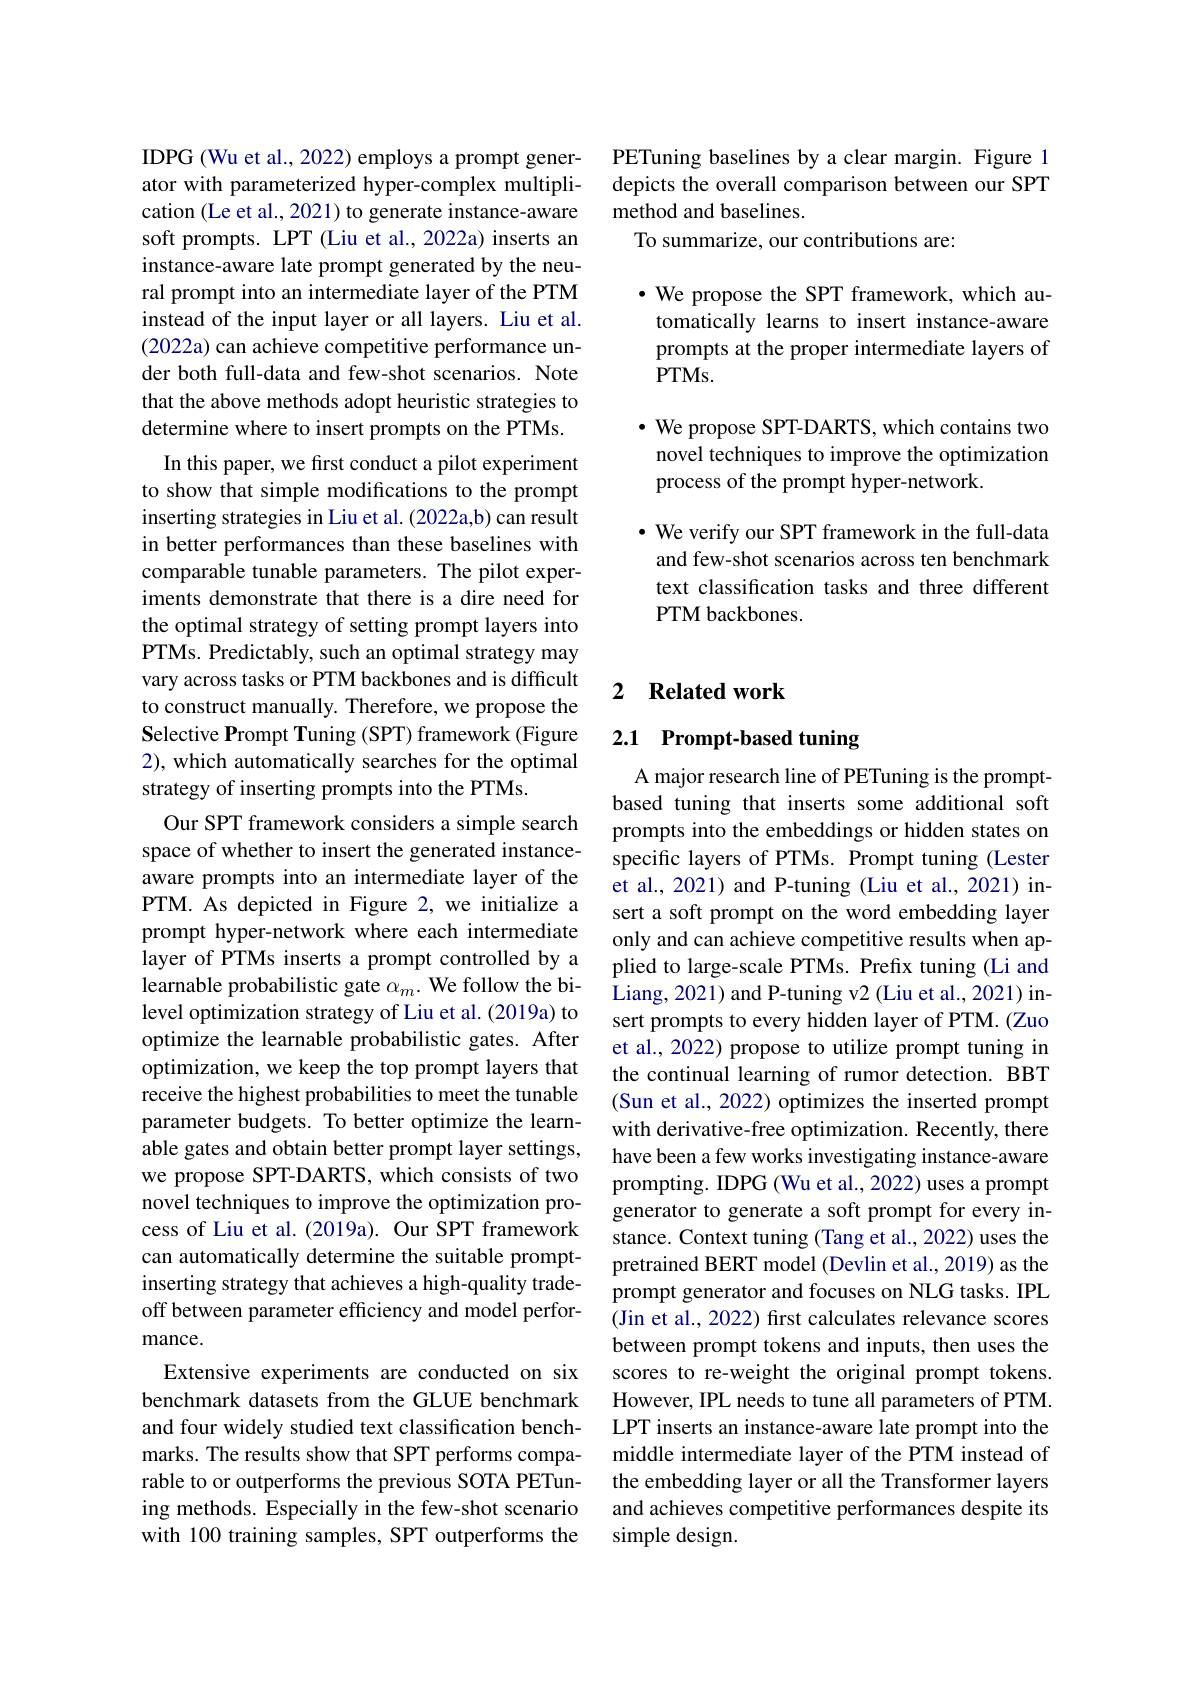
PETuning baselines by a clear margin. Figure 1 depicts the overall comparison between our SPT method and baselines.
To summarize, our contributions are:

$\bullet$ We propose the SPT framework, which automatically learns to insert instance-aware prompts at the proper intermediate layers of $PTMs.$

$\bullet$ We propose SPT-DARTS, which contains two novel techniques to improve the optimization process of the prompt hyper-network.

$\bullet$ We verify our SPT framework in the full-data and few-shot scenarios across ten benchmark text classification tasks and three different PTM backbones.

IDPG (Wu et al., 2022) employs a prompt generator with parameterized hyper-complex multiplication (Le et al., 2021) to generate instance-aware soft prompts. LPT (Liu et al., 2022a) inserts an instance-aware late prompt generated by the neural prompt into an intermediate layer of the PTM instead of the input layer or all layers. Liu et al. (2022a) can achieve competitive performance under both full-data and few-shot scenarios. Note that the above methods adopt heuristic strategies to determine where to insert prompts on the PTMs.
In this paper, we first conduct a pilot experiment to show that simple modifications to the prompt inserting strategies in Liu et al. (2022a,b) can result in better performances than these baselines with comparable tunable parameters. The pilot experiments demonstrate that there is a dire need for the optimal strategy of setting prompt layers into PTMs. Predictably, such an optimal strategy may vary across tasks or PTM backbones and is difficult to construct manually. Therefore, we propose the Selective Prompt Tuning (SPT) framework (Figure 2), which automatically searches for the optimal strategy of inserting prompts into the PTMs.
Our SPT framework considers a simple search space of whether to insert the generated instanceaware prompts into an intermediate layer of the PTM. As depicted in Figure 2, we initialize a prompt hyper-network where each intermediate layer of PTMs inserts a prompt controlled by a learnable probabilistic gate $\alpha_m.$ We follow the bilevel optimization strategy of Liu et al. (2019a) to optimize the learnable probabilistic gates. After optimization, we keep the top prompt layers that receive the highest probabilities to meet the tunable parameter budgets. To better optimize the learnable gates and obtain better prompt layer settings, we propose SPT-DARTS, which consists of two novel techniques to improve the optimization process of Liu et al.(2019a). Our SPT framework can automatically determine the suitable promptinserting strategy that achieves a high-quality tradeoff between parameter efficiency and model performance.
Extensive experiments are conducted on six benchmark datasets from the GLUE benchmark and four widely studied text classification benchmarks. The results show that SPT performs comparable to or outperforms the previous SOTA PETuning methods. Especially in the few-shot scenario with 100 training samples, SPT outperforms the

## 2 $\textbf{Related work}$

## 2.1 Prompt-based tuning

A major research line of PETuning is the promptbased tuning that inserts some additional soft prompts into the embeddings or hidden states on specific layers of PTMs. Prompt tuning (Lester et al., 2021) and P-tuning (Liu et al., 2021) insert a soft prompt on the word embedding layer only and can achieve competitive results when applied to large-scale PTMs. Prefix tuning (Li and Liang, 2021) and P-tuning v2 (Liu et al., 2021) insert prompts to every hidden layer of PTM. (Zuo et al., 2022) propose to utilize prompt tuning in the continual learning of rumor detection. BBT (Sun et al., 2022) optimizes the inserted prompt with derivative-free optimization. Recently, there have been a few works investigating instance-aware prompting. IDPG (Wu et al., 2022) uses a prompt generator to generate a soft prompt for every instance. Context tuning (Tang et al., 2022) uses the pretrained BERT model (Devlin et al., 2019) as the prompt generator and focuses on NLG tasks. IPL (Jin et al., 2022) first calculates relevance scores between prompt tokens and inputs, then uses the scores to re-weight the original prompt tokens. However, IPL needs to tune all parameters of PTM. LPT inserts an instance-aware late prompt into the middle intermediate layer of the PTM instead of the embedding layer or all the Transformer layers and achieves competitive performances despite its simple design.